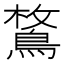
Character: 𪂜